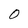
Character: 0